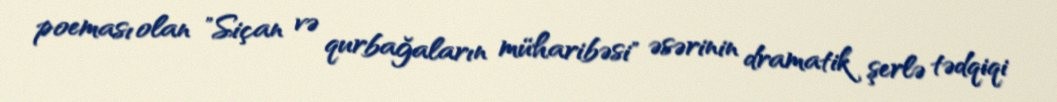
poeması olan "Siçan və qurbağaların müharibəsi" əsərinin dramatik şerlə tədqiqi